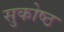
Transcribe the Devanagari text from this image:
सुकोष्ठ